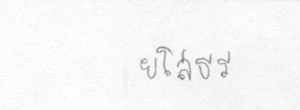
ยโสธร